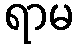
ရာမ